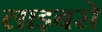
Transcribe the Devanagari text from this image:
लाइबसे